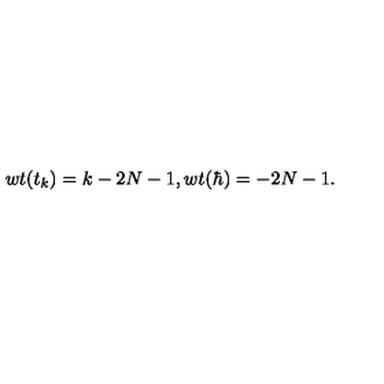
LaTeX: w t ( t _ { k } ) = k - 2 N - 1 , w t ( \hbar ) = - 2 N - 1 .